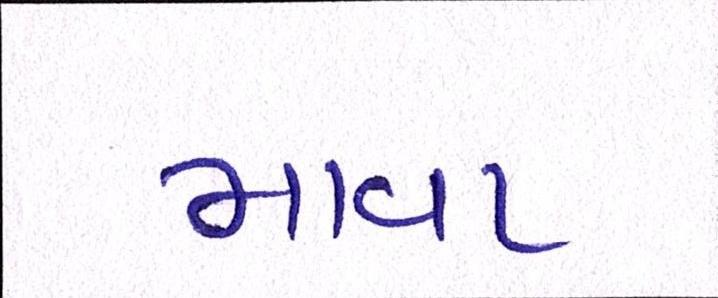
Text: માવા